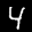
Label: 4